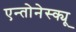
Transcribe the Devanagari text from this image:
एन्तोनेस्क्यू